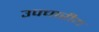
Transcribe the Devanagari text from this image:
उपचारीय